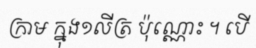
ក្រាម ក្នុង១លីត្រ ប៉ុណ្ណោះ ។ បើ